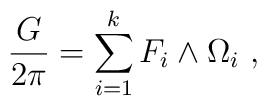
{G\over 2\pi} = \sum_{i=1}^k F_i \wedge \Omega_i \ ,